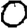
Digit: 0